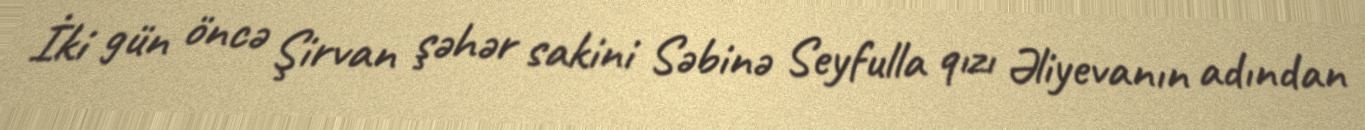
İki gün öncə Şirvan şəhər sakini Səbinə Seyfulla qızı Əliyevanın adından